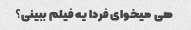
هی میخوای فردا یه فیلم ببینی؟